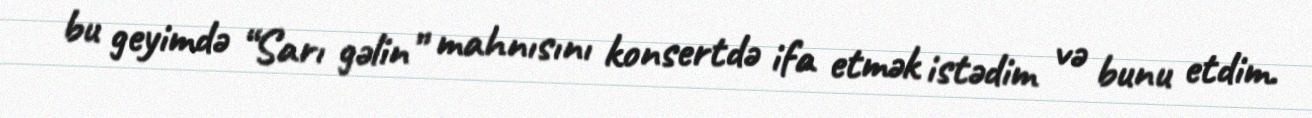
bu geyimdə “Sarı gəlin” mahnısını konsertdə ifa etmək istədim və bunu etdim.